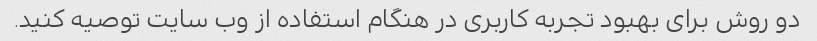
دو روش برای بهبود تجربه کاربری در هنگام استفاده از وب سایت توصیه کنید.